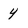
Character: 4